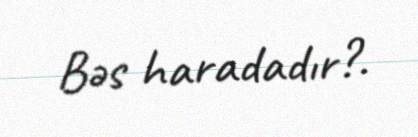
Bəs haradadır?.